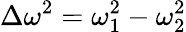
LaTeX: \Delta\omega^{2}=\omega_{1}^{2}-\omega_{2}^{2}